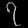
Digit: ၇